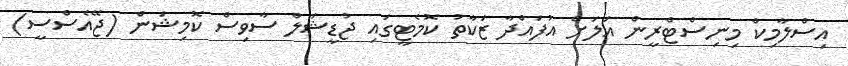
އިސްލާމިކް މިނިސްޓްރީން އަލަށް އުފައްދާ ޒަކާތު ކޮމެޓީގައި ޖުޑީޝަލް ސާވިސް ކޮމިޝަން (ޖޭއެސްސީ)